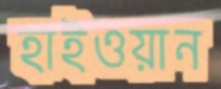
হাইওয়ান